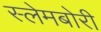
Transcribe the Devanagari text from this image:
स्‍लेमबोरी